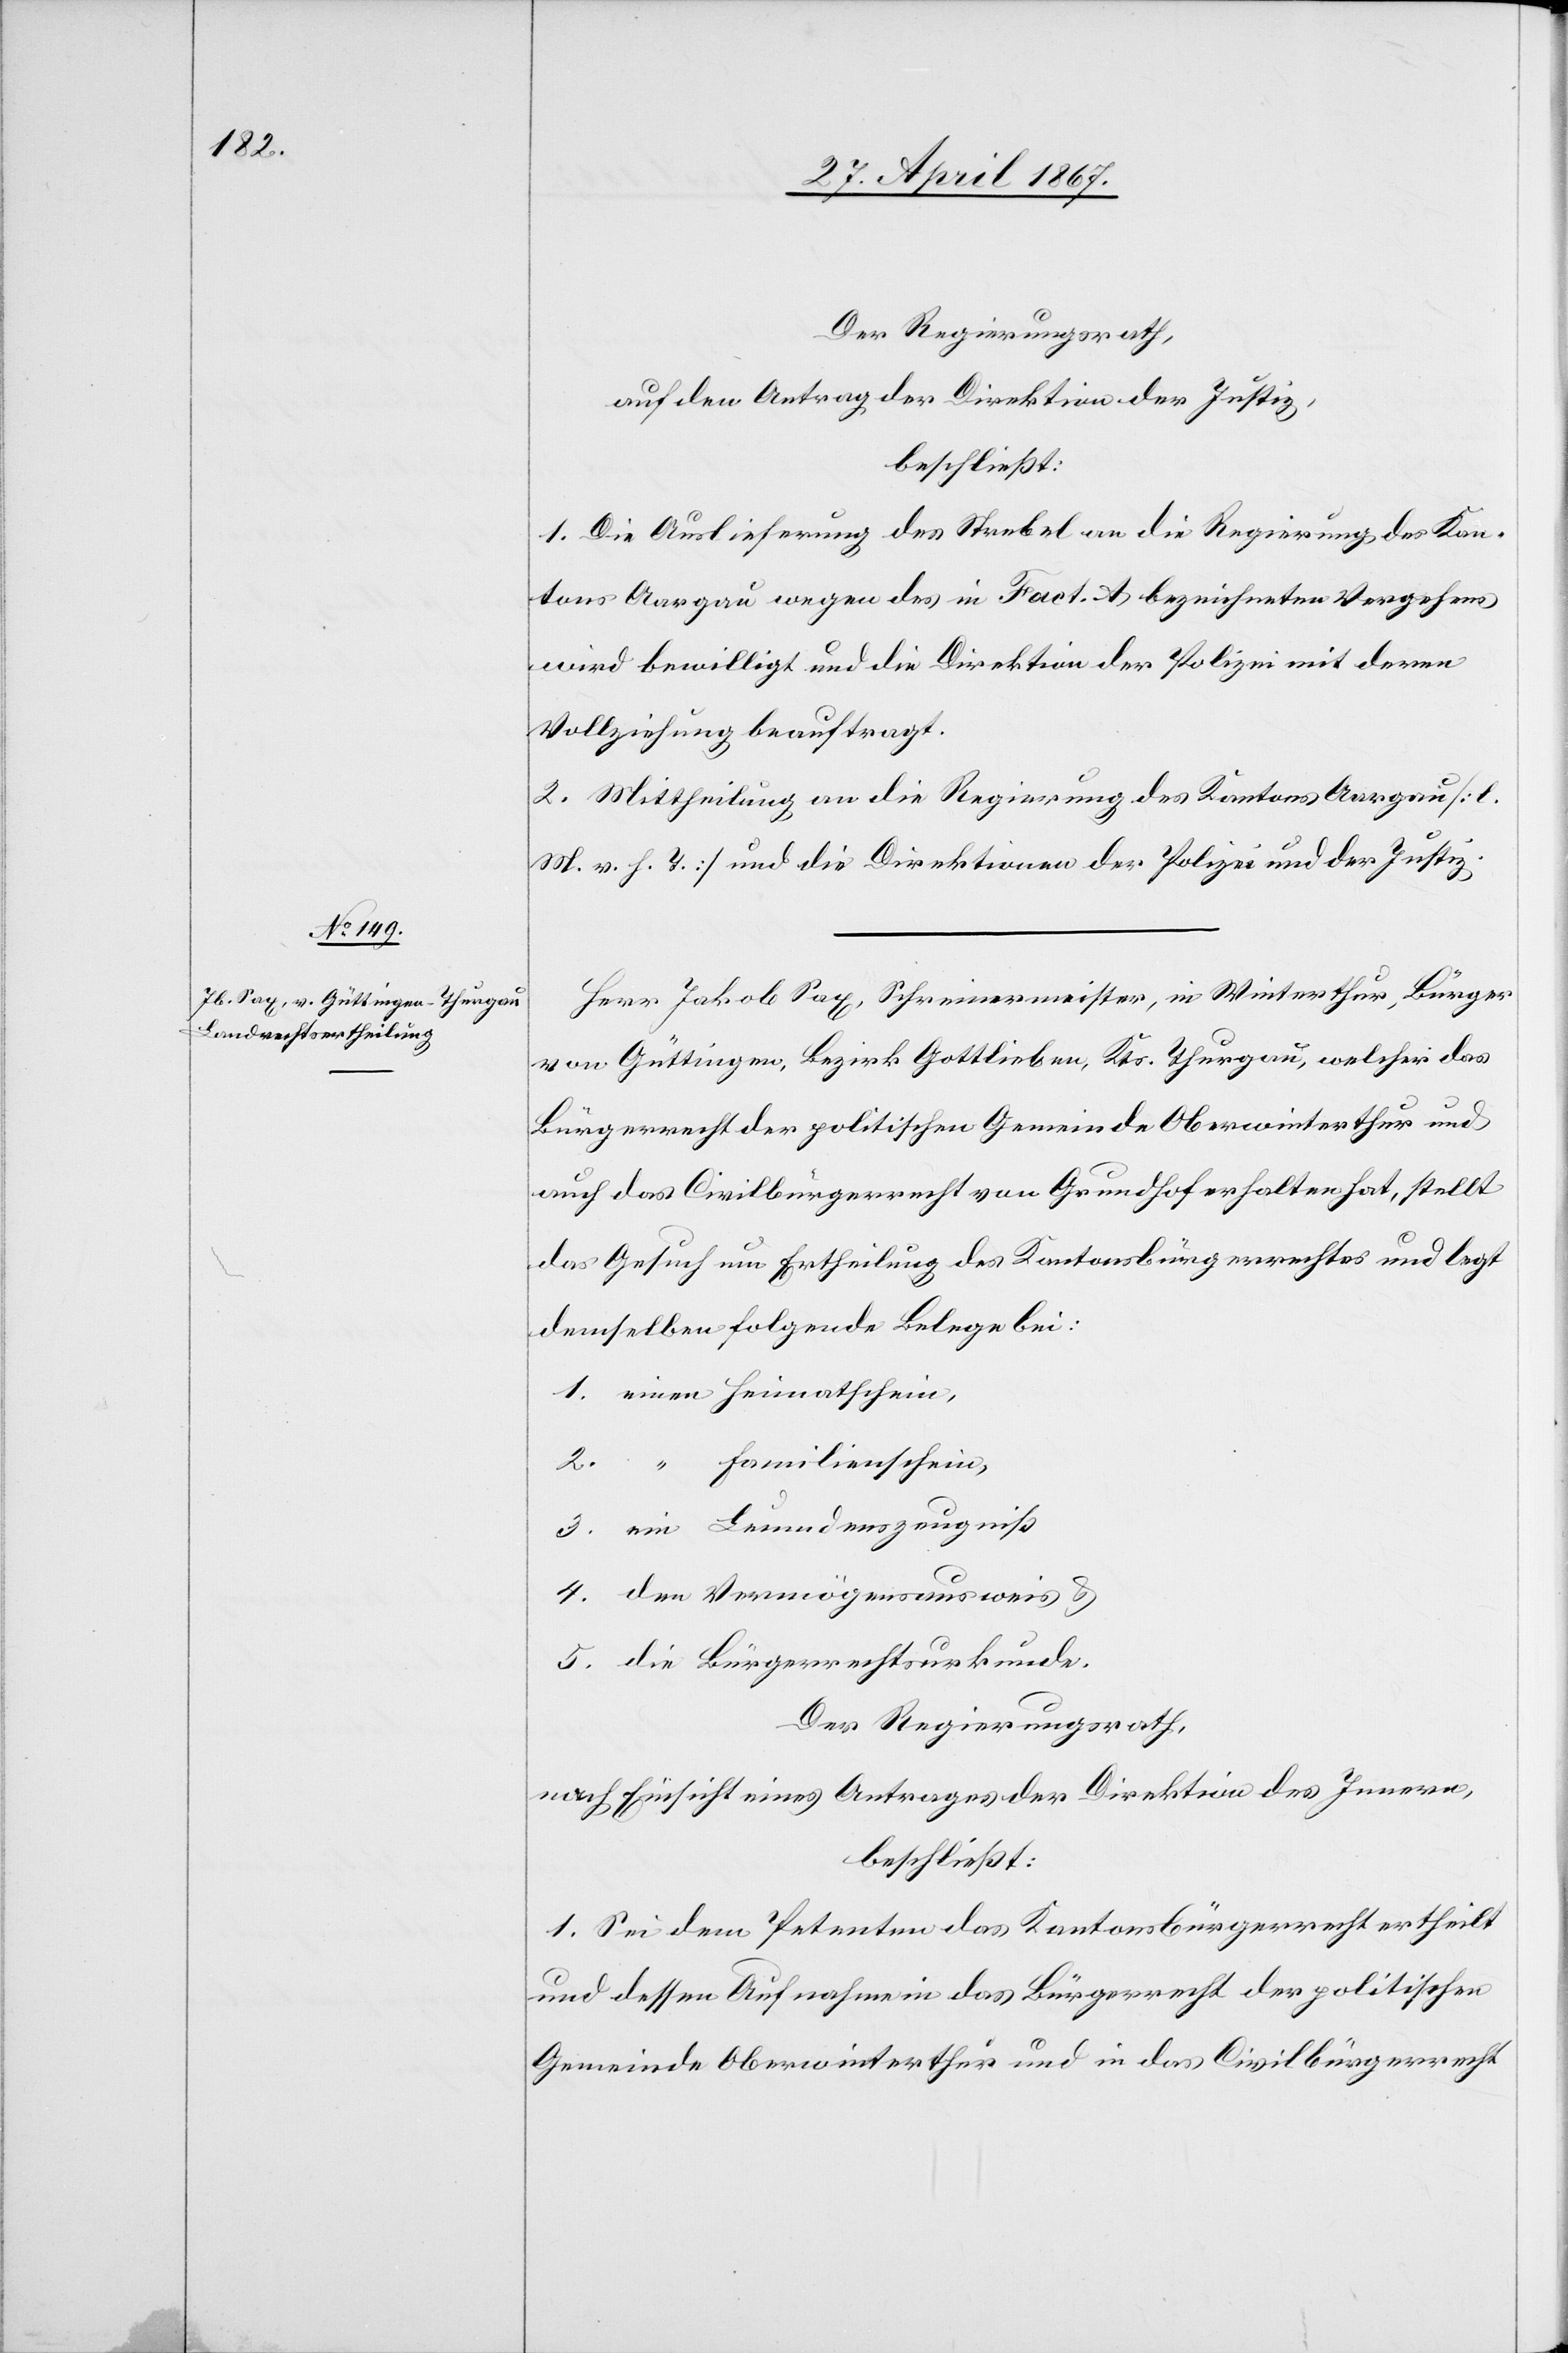
Der Regierungsrath,
auf den Antrag der Direktion der Justiz,
beschließt:
1. Die Auslieferung des Strebel an die Regierung des Kan¬
tons Aargau wegen des in Fact. A bezeichneten Vergehens
wird bewilligt und die Direktion der Polizei mit deren
Vollziehung beauftragt.
2. Mittheilung an die Regierung des Kantons Aargau [l.
M. v. h. T.] und die Direktionen der Polizei und der Justiz.
Herr Jakob Sax, Schreinermeister, in Winterthur, Bürger
von Güttingen, Bezirk Gottlieben, Kts. Thurgau, welcher das
Bürgerrecht der politischen Gemeinde Oberwinterthur und
auch das Civilbürgerrecht von Grundhof erhalten hat, stellt
das Gesuch um Ertheilung des Kantonsbürgerrechtes und legt
demselben folgende Belege bei:
Familienschein,
Der Regierungsrath,
nach Einsicht eines Antrages der Direktion des Innern,
beschließt:
1. Sei dem Petenten das Kantonsbürgerrecht ertheilt
und dessen Aufnahme in das Bürgerrecht der politischen
Gemeinde Oberwinterthur und in das Civilbürgerrecht